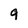
Character: g